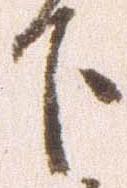
下